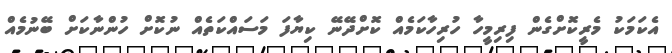
އެކަމަކު މެރީކޮށްގެން ފިރިމީހާ ހުރިހާކަމެއް ކޮށްދޭނޭ ކިޔާފަ މަސައްކަތެއް ނުކޮށް ހުންނާކަށް ބޭނުމެއް